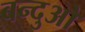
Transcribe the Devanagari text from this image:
बन्दुओ